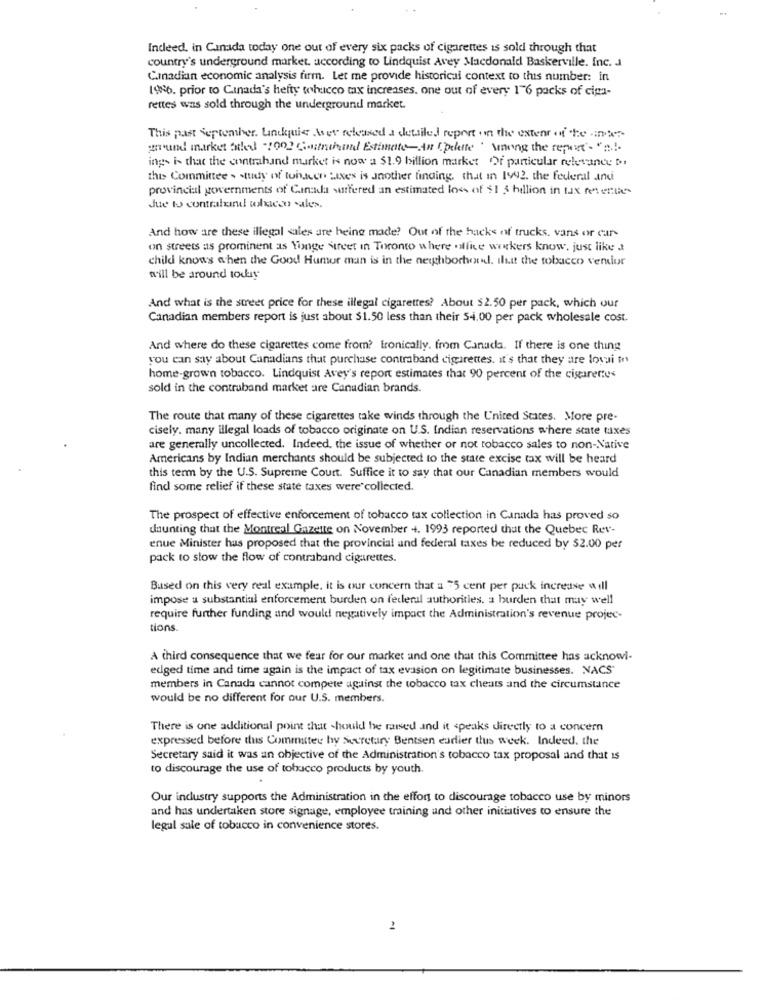
Indeed, in Canada today one out of every six packs of cigarettes is sold through that
country's underground market. according to Lindquist Avey Macdonald Baskerville. Inc. J
Canadian economic analysis firm. Let me provide historical context to this number: in
1986. prior to Canada's hefty tobacco tax increases. one out of every 1"6 packs of ciga-
rettes was sold through the underground market.
This past september. Undquis ser released a detailed report on the extent of the ster
grund market Sted :002 Contriband Estimate-An Cpdette . Among the report"- "
ings is that the contrahand market is now a $1.9 billion market Of particular relevance Di
this Committee . study of tonnen axes is another finding that in 1992. the federal and
provincial governments of Canada suffered an estimated loss of $ 1 3 billion in tax retenues
due to contrafind wlucco sales.
And how are these illegal sales are being made? Out of the hacks of trucks, vans or car-
on streets as prominent as Yonge street in Toronto where office wwwkers know, just like a
child knows when the Good Humor man is in the newhbochord. Iltt the tobacco verlor
will be around today
And what is the street price for these illegal cigarettes? About $2.50 per pack, which our
Canadian members report is just about $1.50 less than their 54.00 per pack wholesale cost.
And where do these cigarettes come from? Ironically. from Canada. If there is one thing
you can say about Canadians that purchase contraband cigarettes. it's that they are losi try
home-grown tobacco. Lindquist Avey's report estimates that 90 percent of the cigarettes
sold in the contraband market are Canadian brands.
The route that many of these cigarettes take winds through the United States. More pre-
cisely. many illegal loads of tobacco originate on U.S. Indian reservations where state taxes
are generally uncollected. Indeed, the issue of whether or not tobacco sales to non-Native
Americans by Indian merchants should be subjected to the state excise tax will be heard
this term by the U.S. Supreme Court. Suffice it to say that our Canadian members would
find some relief if these state taxes were collected.
The prospect of effective enforcement of tobacco tax collection in Canada has proved so
daunting that the Montreal Gazette on November 4. 1993 reported that the Quebec Rev-
enue Minister hus proposed that the provincial and federal taxes be reduced by 52.00 per
pack to slow the flow of contraband cigarettes.
Based on this very real example, it is our concern that a 75 cent per puck increase will
impose a substantial enforcement burden on federal authorities. a burden that may well
require further funding and would negatively impact the Administration's revenue projec-
tions.
A third consequence that we fear for our market and one that this Committee has acknowi-
edged time and time again is the impact of tax evasion on legitimate businesses. NACS'
members in Canada cannot compete against the tobacco tax cheats and the circumstance
would be no different for our U.S. members.
There is one additional point that should be raised and it speaks directly to a concern
expressed before this Committee by Secretary Bentsen earlier this week. Indeed, the
Secretary said it was an objective of the Administration's tobacco tax proposal and that is
to discourage the use of tobacco products by youth
Our industry supports the Administration in the effort to discourage tobacco use by minors
and has undertaken store signage, employee training and other initiatives to ensure the
legal sale of tobacco in convenience stores.
-